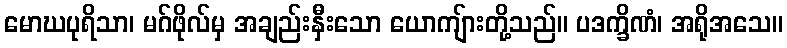
မောဃပုရိသာ၊ မဂ်ဖိုလ်မှ အချည်းနှီးသော ယောကျ်ားတို့သည်။ ပဒက္ခိဏံ၊ အရိုအသေ။